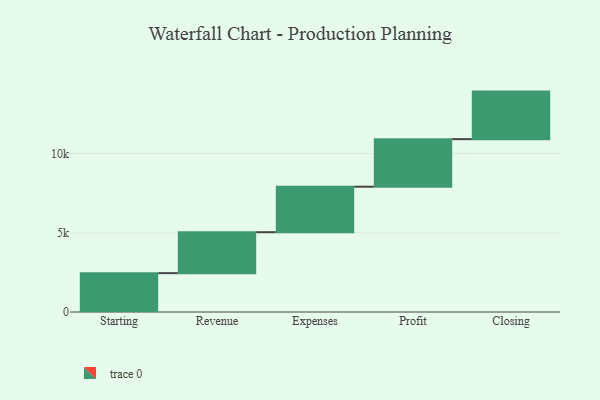
{"axis": {"x": "Step", "y": "Value"}, "legend": [""], "data": [{"x": "Starting", "y": 2451.0, "type": ""}, {"x": "Revenue", "y": 2584.0, "type": ""}, {"x": "Expenses", "y": 2871.0, "type": ""}, {"x": "Profit", "y": 3000, "type": ""}, {"x": "Closing", "y": 3000, "type": ""}]}